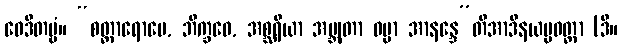
ဝေဒိတဗ္ဗံ။ “စတ္တာရောမေ, ဘိက္ခဝေ, အစ္ဆရိယာ အဗ္ဘုတာ ဓမ္မာ အာနန္ဒေ”တိအာဒိနယပ္ပဝတ္တာ (ဒီ။